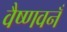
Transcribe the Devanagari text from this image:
वैष्णवनँ